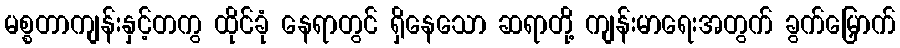
မစ္စတာကျန်းနှင့်တကွ ထိုင်ခုံ နေရာတွင် ရှိနေသော ဆရာတို့ ကျန်းမာရေးအတွက် ခွက်မြှောက်